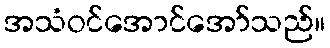
အသံဝင်အောင်အော်သည်။